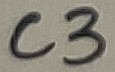
Text: C3